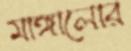
মাঙ্গালোর